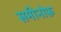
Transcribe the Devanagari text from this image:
समीनोफ़